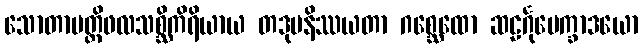
သောတာပတ္တိဖလသစ္ဆိကိရိယာယ တဒုပနိဿယတာ ဂစ္ဆေထော ဆဠင်္ဂုပေက္ခာဒယော